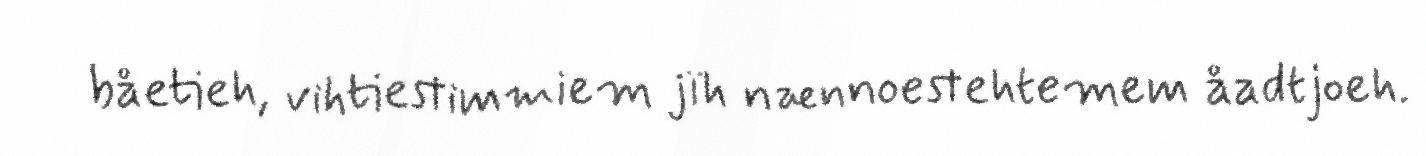
båetieh, vihtiestimmiem jïh nænnoestehtemem åadtjoeh.